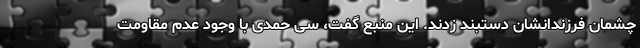
چشمان فرزندانشان دستبند زدند. این منبع گفت، سی حمدی با وجود عدم مقاومت